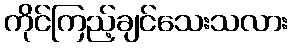
ကိုင်ကြည့်ချင်သေးသလား